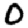
Digit: 0